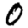
Digit: 0